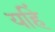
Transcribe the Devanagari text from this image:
यहिं